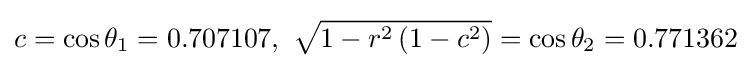
c=\cos \theta _{1}=0.707107,~{\sqrt {1-r^{2}\left(1-c^{2}\right)}}=\cos \theta _{2}=0.771362